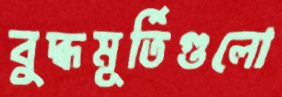
বুদ্ধমূর্তিগুলো